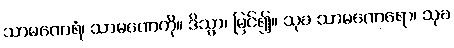
သာမဏေရံ၊ သာမဏေကို။ ဒိသွာ၊ မြင်၍။ သုခ သာမဏေရော၊ သုခ